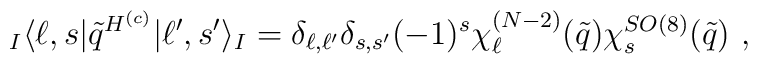
{}_I\langle\ell,s |\tilde q^{H^{(c)}}|\ell',s'\rangle_I=\delta_{\ell,\ell'}\delta_{s,s'}(-1)^s\chi_{\ell}^{(N-2)}(\tilde q)\chi_s^{SO(8)}(\tilde q)~,